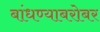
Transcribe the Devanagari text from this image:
बांधण्याबरोबर